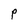
Character: P